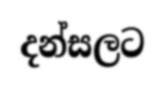
දන්සලට